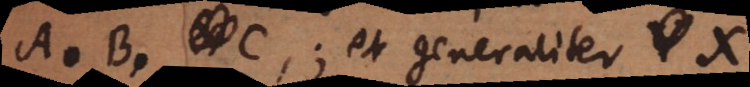
A, B, C; et generaliter X.